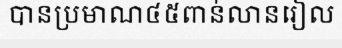
បានប្រមាណ៤៥ពាន់លានរៀល